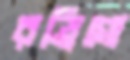
রড্রিগো